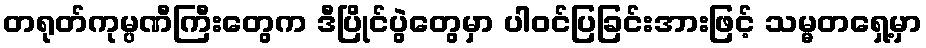
တရုတ်ကုမ္ပဏီကြီးတွေက ဒီပြိုင်ပွဲတွေမှာ ပါဝင်ပြခြင်းအားဖြင့် သမ္မတရှေ့မှာ